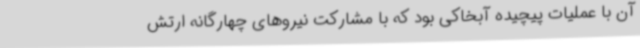
آن با عملیات پیچیده آبخاکی بود که با مشارکت نیروهای چهارگانه ارتش